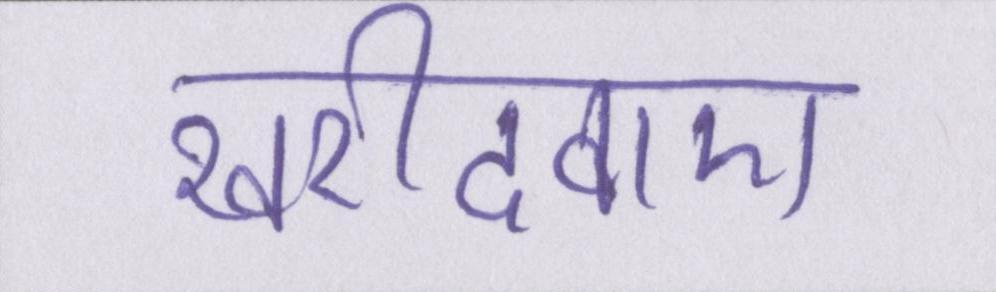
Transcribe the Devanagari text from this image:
खरीदवाए